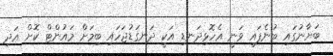
ބަޔާނުގައި ބުނެފައި ވަނީ އެހޮޅިދަނޑި އަކީ ދަނގަޑުޖަހައި ބިމަށް މައުންޓް ކޮށް އަދި